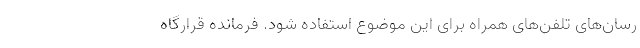
رسان‌های تلفن‌های همراه برای این موضوع استفاده شود. فرمانده قرارگاه